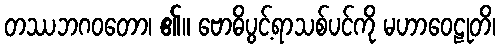
တဿဘဂဝတော၊ ၏။ ဗောဓိပွင့်ရာသစ်ပင်ကို မဟာဝေဠုတိ၊